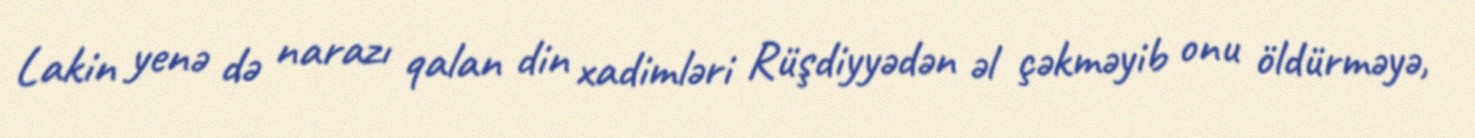
Lakin yenə də narazı qalan din xadimləri Rüşdiyyədən əl çəkməyib onu öldürməyə,